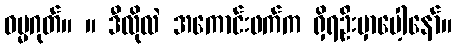
ဓမ္မဂုတ်။ ။ ဒီလိုလဲ အကောင်းဖက်က ရှိရဦးမှာပေါ့နော်။